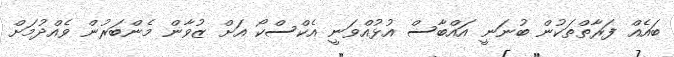
ބައެއް ފަރާތްތަކުން ބުނަނީ އައްބާސް އުޅުއްވަނީ އެކްސްކޯ އަށް ޒުވާން މެންބަރުން ވެއްދުމަށް